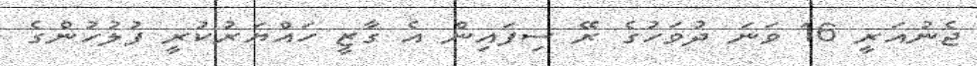
ޖެނުއަރީ 16 ވަނަ ދުވަހުގެ ރޭ ސިފައިން އެ ގާޒީ ހައްޔަރުކުރީ ފުލުހުންގެ